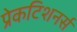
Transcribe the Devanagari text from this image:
प्रेकटिशनर्स